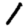
Digit: 1